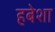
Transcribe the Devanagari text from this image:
हबेशा